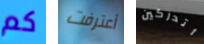
كم أعترفت أتدركين